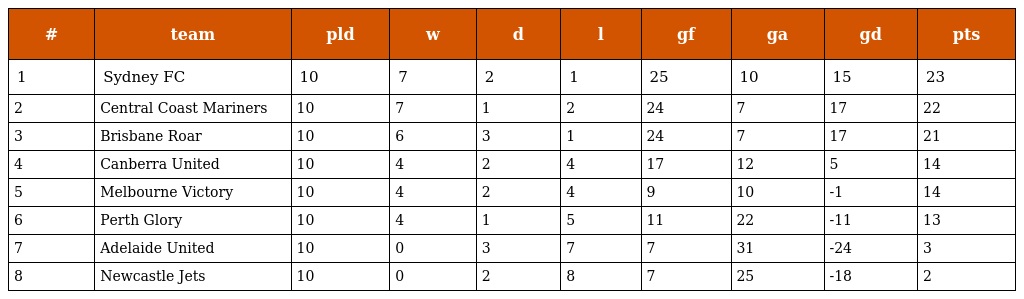
| # | team | pld | w | d | l | gf | ga | gd | pts |
 | --- | --- | --- | --- | --- | --- | --- | --- | --- | --- |
 | 1 | Sydney FC | 10 | 7 | 2 | 1 | 25 | 10 | 15 | 23 |
 | 2 | Central Coast Mariners | 10 | 7 | 1 | 2 | 24 | 7 | 17 | 22 |
 | 3 | Brisbane Roar | 10 | 6 | 3 | 1 | 24 | 7 | 17 | 21 |
 | 4 | Canberra United | 10 | 4 | 2 | 4 | 17 | 12 | 5 | 14 |
 | 5 | Melbourne Victory | 10 | 4 | 2 | 4 | 9 | 10 | -1 | 14 |
 | 6 | Perth Glory | 10 | 4 | 1 | 5 | 11 | 22 | -11 | 13 |
 | 7 | Adelaide United | 10 | 0 | 3 | 7 | 7 | 31 | -24 | 3 |
 | 8 | Newcastle Jets | 10 | 0 | 2 | 8 | 7 | 25 | -18 | 2 |